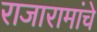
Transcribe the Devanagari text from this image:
राजारामांचे